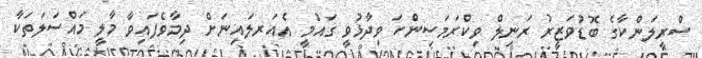
ސްރީލަންކާގެ ބޮޑުވަޒީރު ރަނިލް ވިކްރަމަސިންހަ ވިދާޅުވީ ގައުމީ އެއަރލައިނަށް ދިމާވެފައިވާ މާލީ މައްސަލަތަކާ